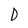
Character: D